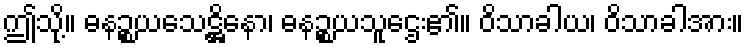
ဤသို့။ ဓနဉ္စယသေဋ္ဌိနော၊ ဓနဉ္စယသူဌေး၏။ ဝိသာခါယ၊ ဝိသာခါအား။